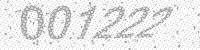
Solution: 001222